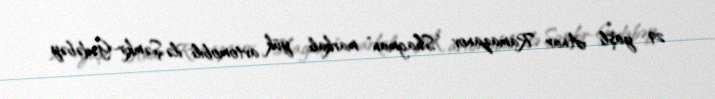
29 yaşlı Anar Ramazanov “Shagman” markalı yük avtomobili ilə Şəmkir-Gədəbəy